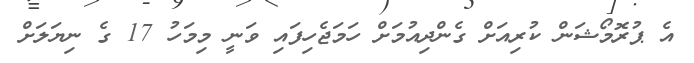
އެ ޕުރޮމޯޝަން ކުރިއަށް ގެންދިއުމަށް ހަމަޖެހިފައި ވަނީ މިމަހު 17 ގެ ނިޔަލަށް